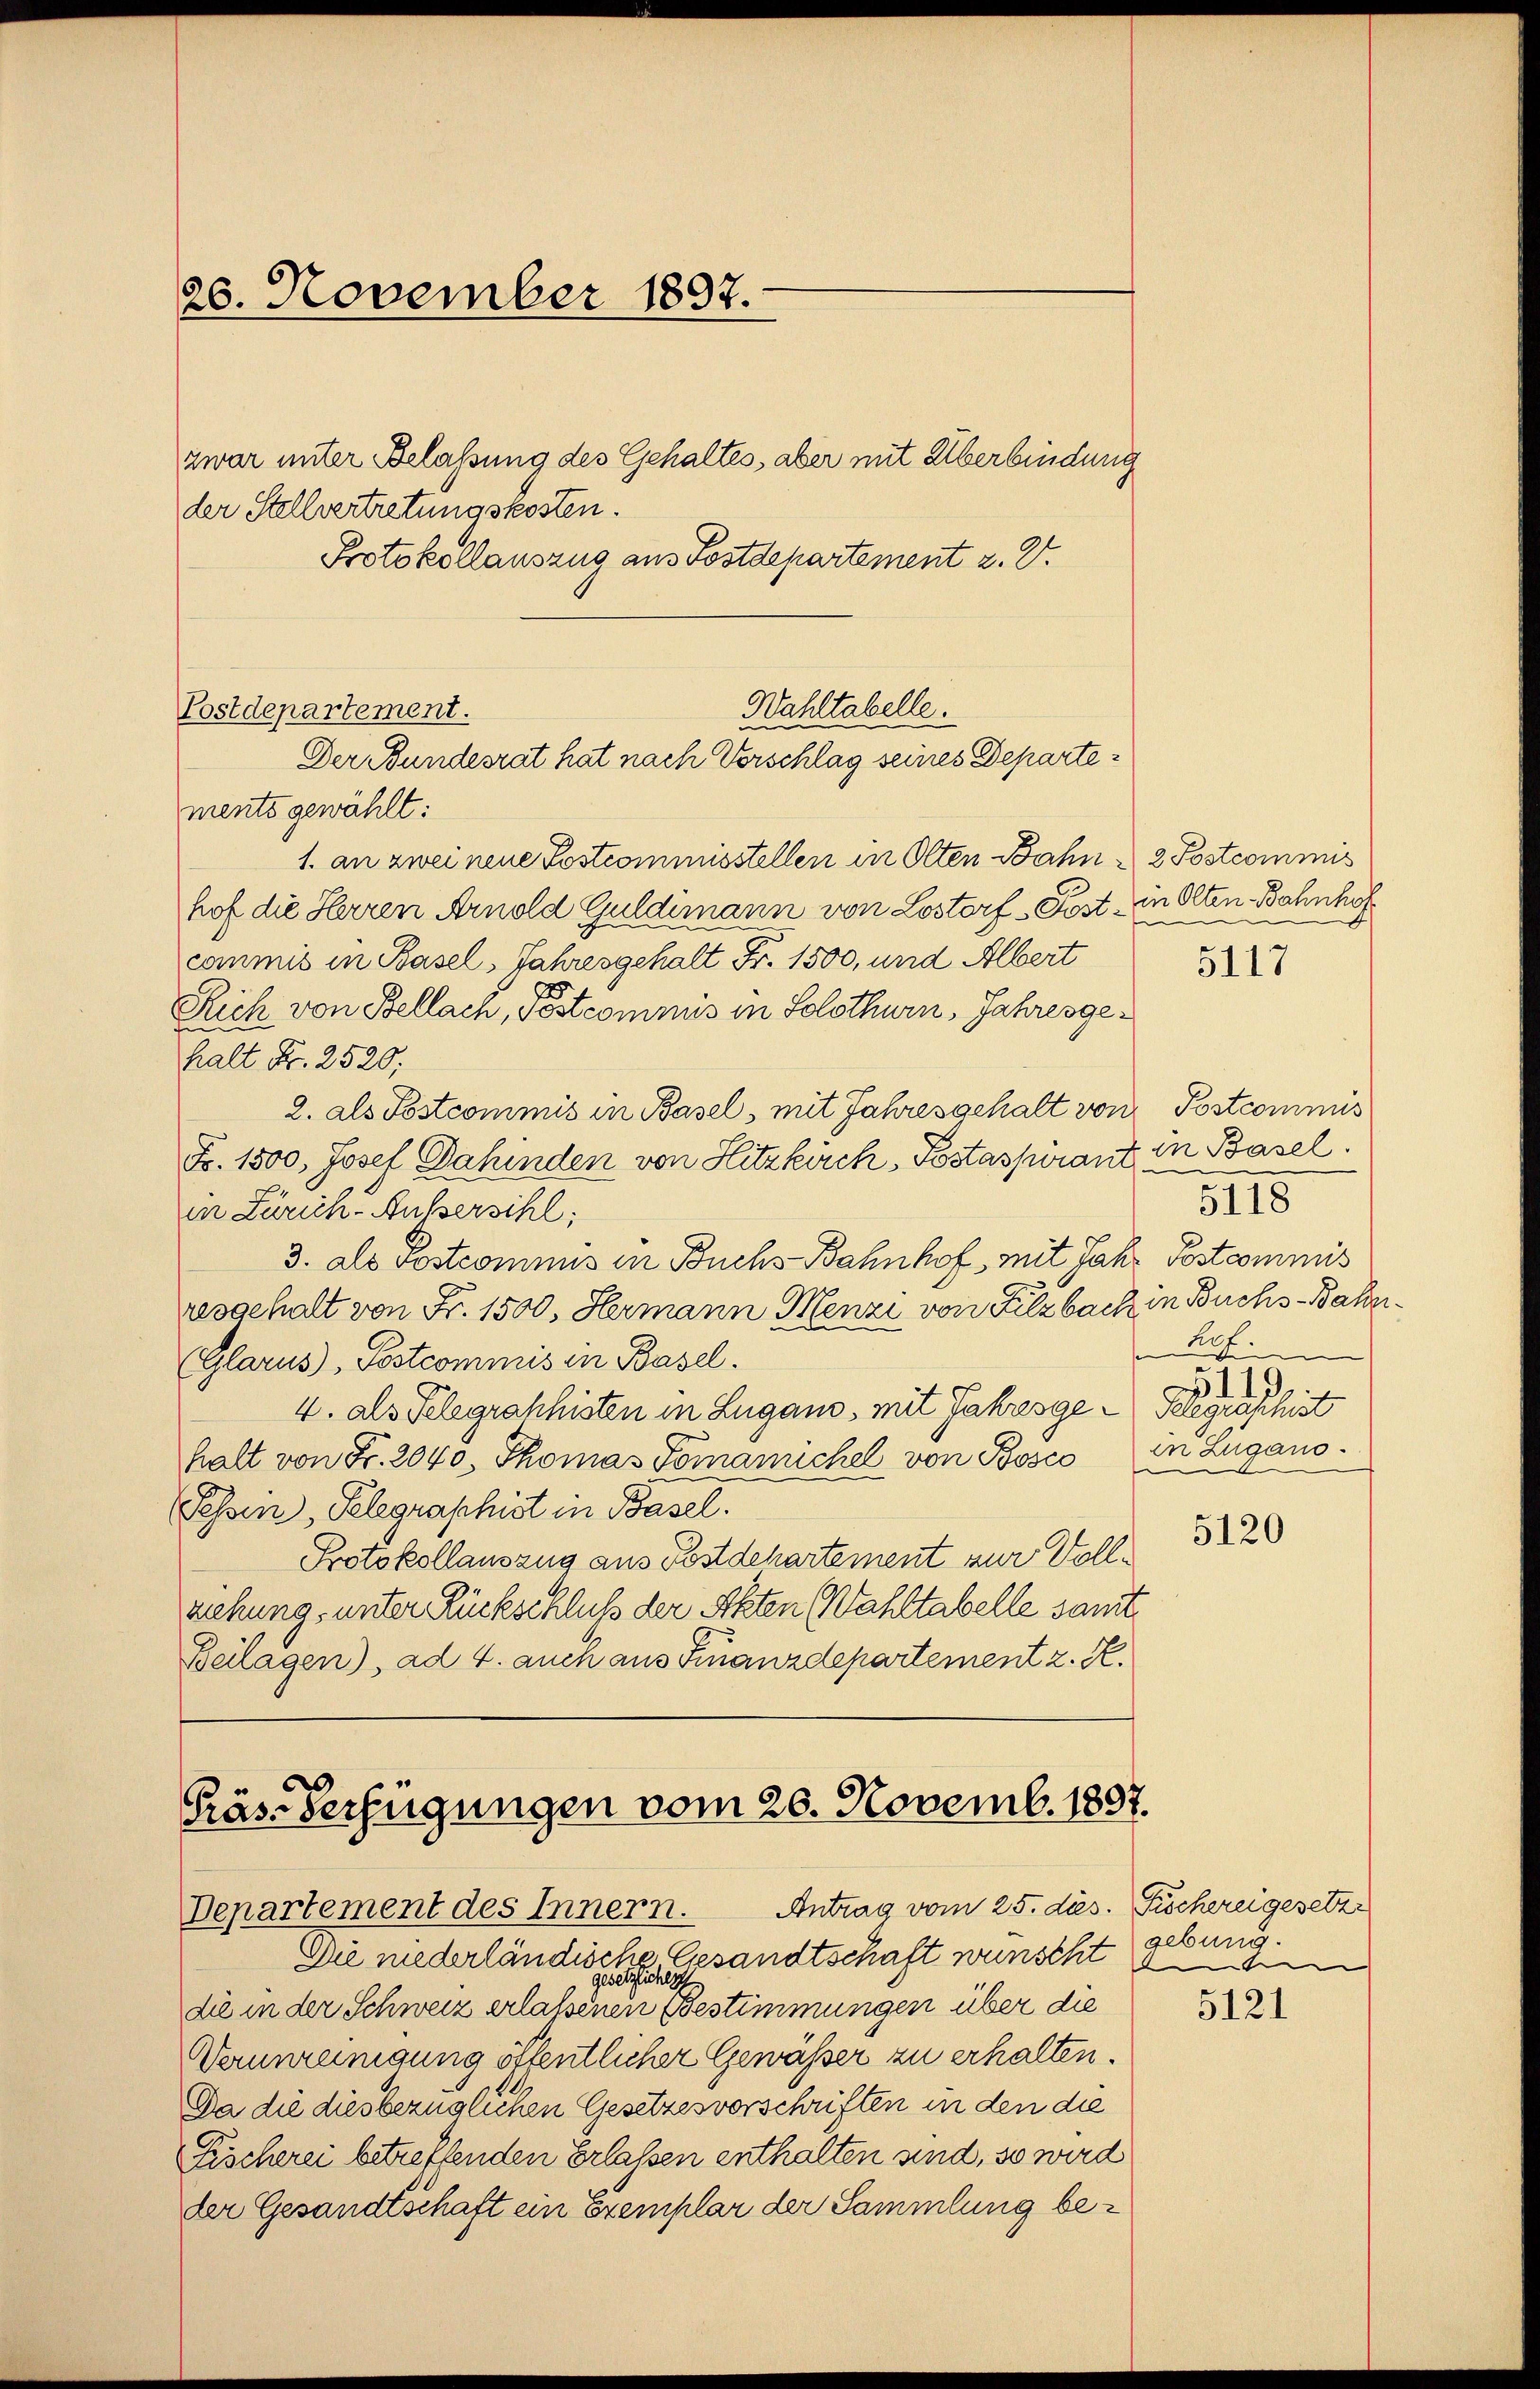
26. November 1897.

zwar unter Belassung des Gehaltes, aber mit Überbindung
der Stellvertretungskosten.
Protokollauszug aus Postdepartement z. B.

Postdepartement.
Wahltabelle.
Der Bundesrat hat nach Verschlag seines Departe¬

Präs. Verfügungen vom 20. Novemb. 1897.
Departement des Innern. Antrag vom 25. dies. Fröchereigesetzt

ments gewählt:
1. an zwei neue Postcommisstellen in Olten Bahn & 2 Postcommis
hof die Herren Arnold Guldimann von Lostorf - Post in Olten Bahnhof
commis in Basel, Jahresgehalt Fr. 1500, und Albert
Rich von Bellach, Pestcommis in Solothurn, Jahresgehalt Fr. 2520;
2. als Postcommis in Basel, mit Jahresgehalt von
Fr. 1500, Josef Dahinden von Hitzkirch, Postaspirant
in Zürich-Aussersihl,
3. als vostcommis in Buchs Bahnhof, mit Jahr Postcommis
resgehalt von Fr. 1500. Hermann Menzi von Filzbach in Buchs-Bahne
(Glarus, Pestcommis in Basel.
4. als Telegraphisten in Lugans, mit Jahresge - Seegraphist
halt von Fr. 2040. Thomas Tomaniichel von Bosco in Lugano¬
Tessin, Pelegraphist in Basel.
Protokollauszug aus Postdepartement zur Vollziehung, unter Rückschluß der Akten Wahltabelle samt.
Beilagen), ad 4. auch aus Finanzdepartement z. R.

Die niederländische Gesandtschaft wünscht denen
gesetzlichen
die in der Schweiz erlassenen Bestimmungen über die
Vennreinigung öffentlicher Gewässer zu erhalten.
Da die diesbezüglichen Gesetzesvorschriften in den die
Fischerei betreffenden Erlassen enthalten sind, so wird
der Gesandtschaft ein Exemplar der Sammlung be¬

5117

Postcommis
in Basel.
5118
hof.
Wie
e
a.) d. d. d.

5120

gebung.

5121